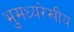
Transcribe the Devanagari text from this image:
भुमध्यरेखीय